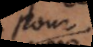
pour